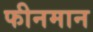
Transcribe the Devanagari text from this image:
फीनमान